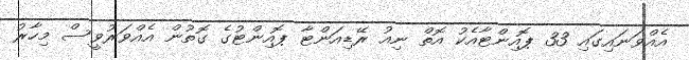
އެއްވަނައިގައި 33 ޕޮއިންޓާއެކު އޮތް ނިއު ރޭޑިއަންޓާ ޕޮއިންޓުގެ ގޮތުން އެއްވަރުވީސް މިހާރު